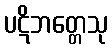
ပဋိဘတ္တေသု